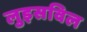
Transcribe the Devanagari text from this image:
लुइसविल